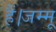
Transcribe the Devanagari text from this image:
हैं।जम्मू